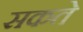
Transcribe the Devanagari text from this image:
सकते